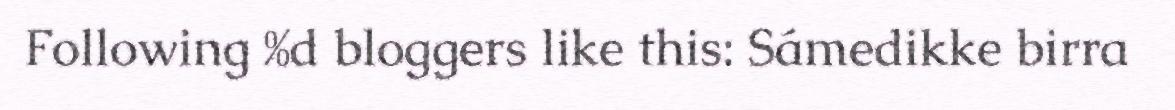
Following %d bloggers like this: Sámedikke birra